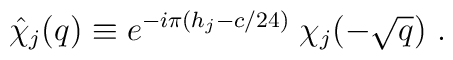
\hat{\chi}_j(q) \equiv e^{-i\pi(h_j-c/24)}\;\chi_j(-\sqrt{q})\ .